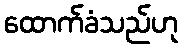
ထောက်ခံသည်ဟု